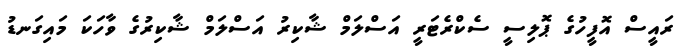
ރައީސް އޮފީހުގެ ޕޮލިސީ ސެކްރެޓަރީ އަސްލަމް ޝާކިރު އަސްލަމް ޝާކިރުގެ ވާހަކަ މައިގަނޑު